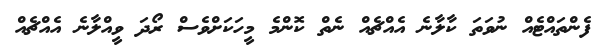
ފެންތައްޓެއް ނުވަތަ ކާލާނެ އެއްޗެއް ނެތް ކޮންމެ މީހަކަށްވެސް ރޯދަ ވީއްލާނެ އެއްޗެއް